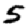
Digit: 5